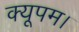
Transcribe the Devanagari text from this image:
क्यूपम।